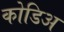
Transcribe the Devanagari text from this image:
कोडिअ